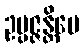
ဥပ္ပဇ္ဇန္တိပေ